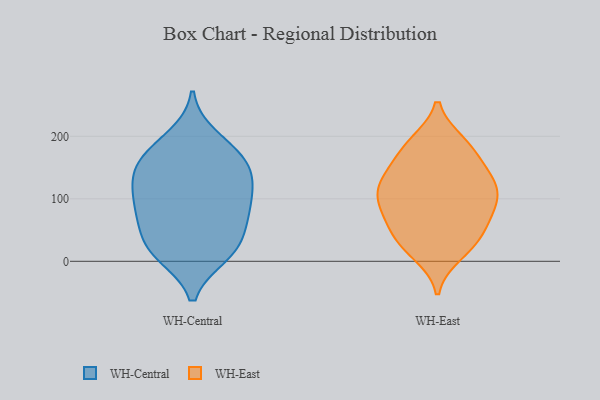
{"axis": {"x": "Energy Usage (MWh)", "y": "Value"}, "legend": ["WH-Central", "WH-East"], "data": [{"x": "", "y": 77, "type": "WH-Central"}, {"x": "", "y": 11, "type": "WH-Central"}, {"x": "", "y": 146, "type": "WH-Central"}, {"x": "", "y": 84, "type": "WH-Central"}, {"x": "", "y": 133, "type": "WH-Central"}, {"x": "", "y": 39, "type": "WH-Central"}, {"x": "", "y": 15, "type": "WH-Central"}, {"x": "", "y": 85, "type": "WH-Central"}, {"x": "", "y": 32, "type": "WH-Central"}, {"x": "", "y": 157, "type": "WH-Central"}, {"x": "", "y": 143, "type": "WH-Central"}, {"x": "", "y": 172, "type": "WH-Central"}, {"x": "", "y": 10, "type": "WH-Central"}, {"x": "", "y": 115, "type": "WH-Central"}, {"x": "", "y": 110, "type": "WH-Central"}, {"x": "", "y": 69, "type": "WH-Central"}, {"x": "", "y": 199, "type": "WH-Central"}, {"x": "", "y": 179, "type": "WH-Central"}, {"x": "", "y": 125, "type": "WH-East"}, {"x": "", "y": 122, "type": "WH-East"}, {"x": "", "y": 181, "type": "WH-East"}, {"x": "", "y": 12, "type": "WH-East"}, {"x": "", "y": 122, "type": "WH-East"}, {"x": "", "y": 137, "type": "WH-East"}, {"x": "", "y": 78, "type": "WH-East"}, {"x": "", "y": 142, "type": "WH-East"}, {"x": "", "y": 92, "type": "WH-East"}, {"x": "", "y": 189, "type": "WH-East"}, {"x": "", "y": 83, "type": "WH-East"}, {"x": "", "y": 24, "type": "WH-East"}, {"x": "", "y": 60, "type": "WH-East"}, {"x": "", "y": 56, "type": "WH-East"}, {"x": "", "y": 190, "type": "WH-East"}, {"x": "", "y": 103, "type": "WH-East"}, {"x": "", "y": 104, "type": "WH-East"}, {"x": "", "y": 38, "type": "WH-East"}, {"x": "", "y": 28, "type": "WH-East"}, {"x": "", "y": 168, "type": "WH-East"}]}